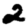
Digit: 2